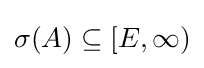
\sigma (A)\subseteq [E,\infty )